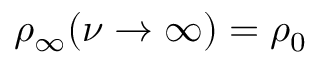
\rho _ { \infty } ( \nu \rightarrow \infty ) = \rho _ { 0 }